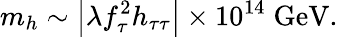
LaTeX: m_{h}\sim\left|\lambda f_{\tau}^{2}h_{\tau\tau}\right|\times 10^{14}\; \mathrm{GeV}.